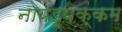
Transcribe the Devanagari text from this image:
नायडूपक्कम